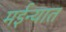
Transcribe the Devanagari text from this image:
मईन्यात